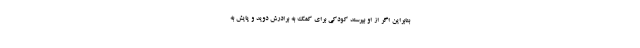
بنابراین اگر از او بپرسند کودکی برای کمک به برادرش دوید و پایش به